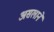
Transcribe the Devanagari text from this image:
असलाने